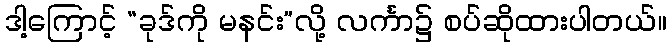
ဒါ့ကြောင့် “ခုဒ်ကို မနင်း”လို့ လင်္ကာ၌ စပ်ဆိုထားပါတယ်။